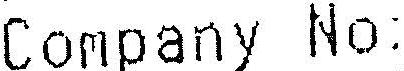
COMPANY NO: